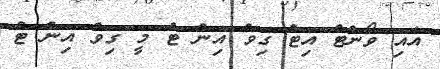
އައި ވޯންޓް އިޓް ގިވް އިން ޓު މީ ގިވް އިން ޓު